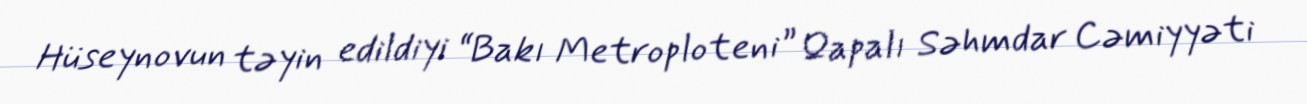
Hüseynovun təyin edildiyi “Bakı Metroploteni” Qapalı Səhmdar Cəmiyyəti